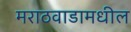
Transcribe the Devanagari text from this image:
मराठवाडामधील